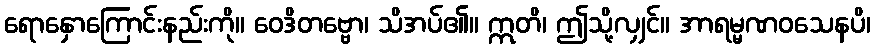
ရောနှောကြောင်းနည်းကို။ ဝေဒိတဗ္ဗော၊ သိအပ်၏။ ဣတိ၊ ဤသို့လျှင်။ အာရမ္မဏဝသေနပိ၊